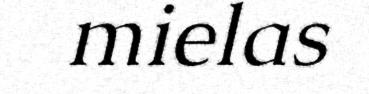
mielas